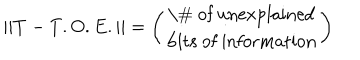
LaTeX: | | T - T . O . E . | | = \left( \begin{array} { c } { { \mathrm { \# ~ o f ~ u n e x p l a i n e d } } } \\ { { \mathrm { b i t s ~ o f ~ i n f o r m a t i o n } } } \\ \end{array} \right)